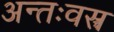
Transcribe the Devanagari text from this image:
अन्तःवस्त्र